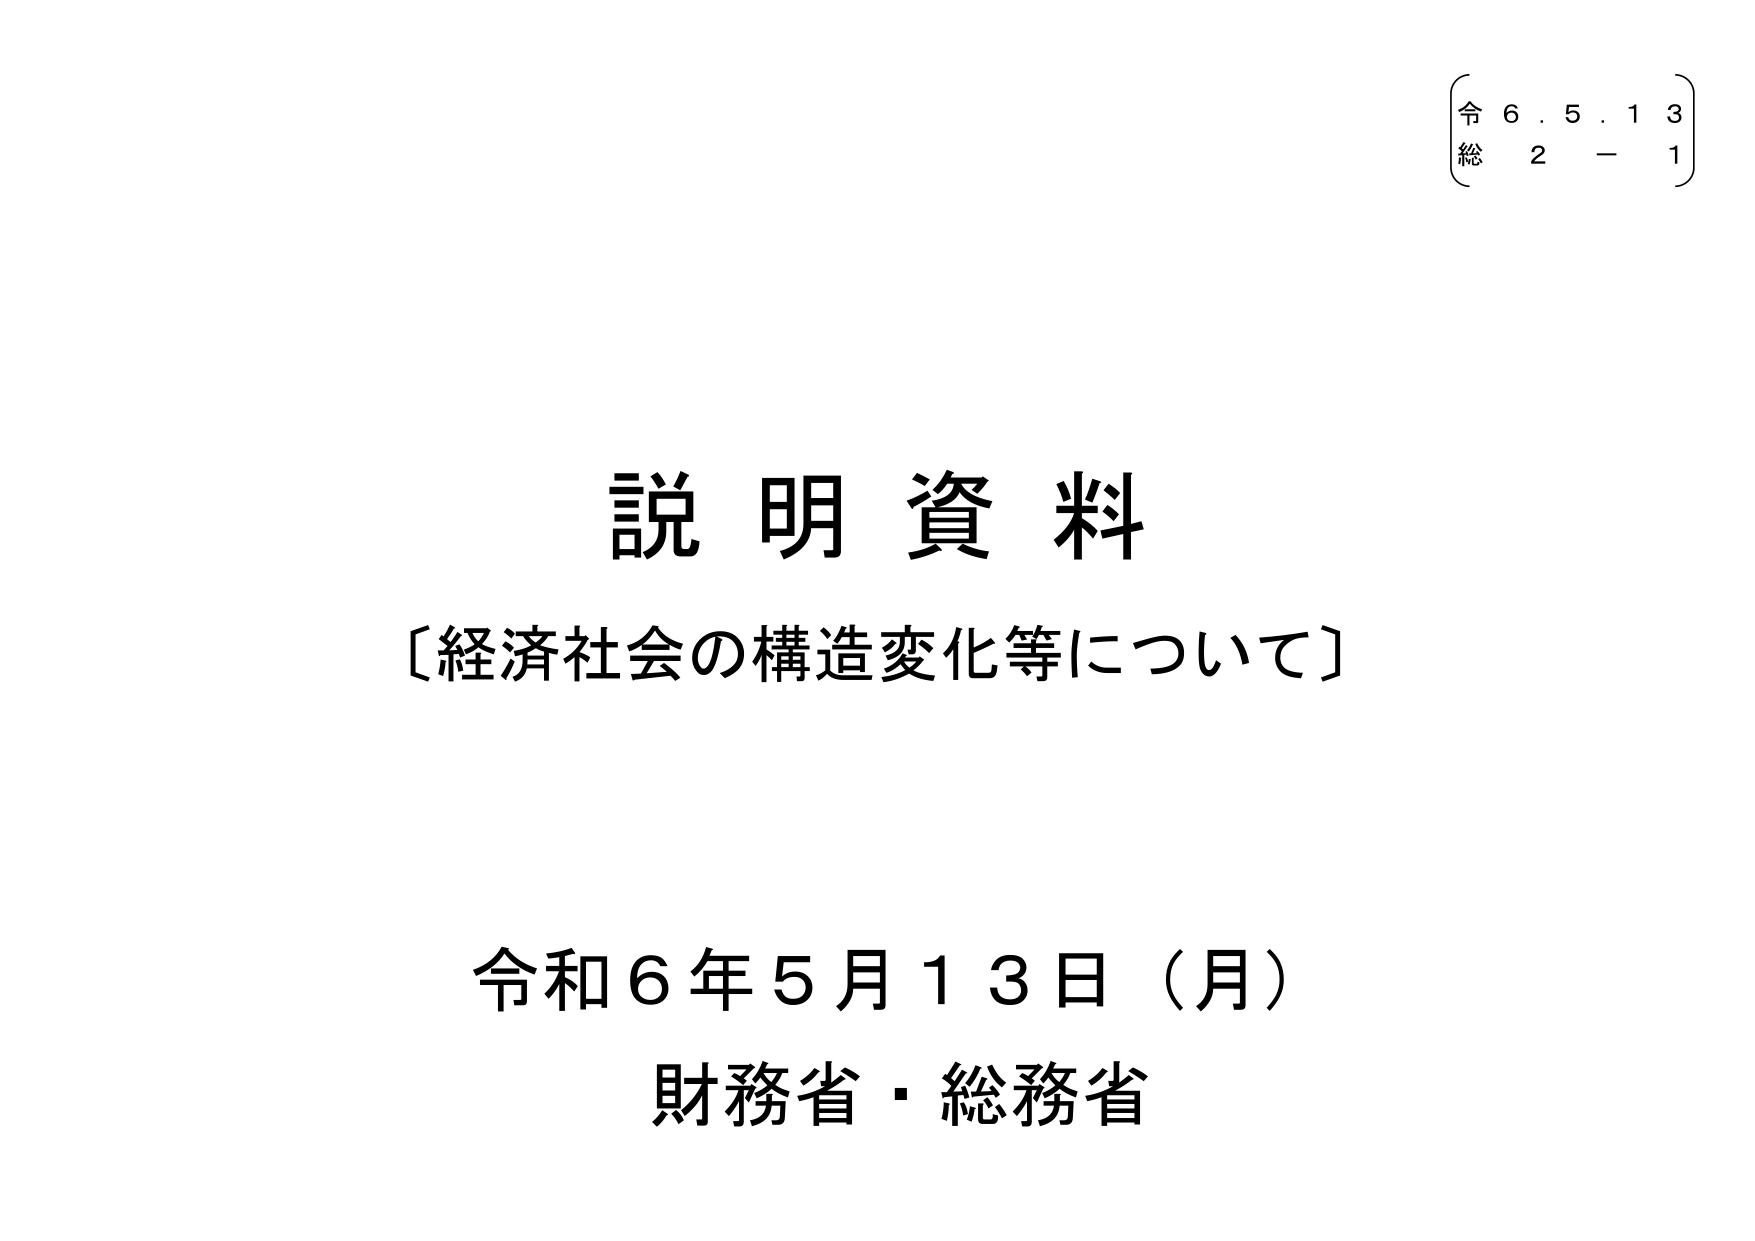
説明資料
〔経済社会の構造変化等について〕

令和６年５月１３日（月）
財務省・総務省

（令 ６．５．１３）
（総 ２－１）